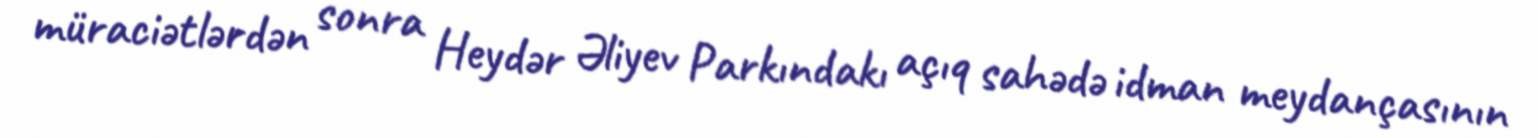
müraciətlərdən sonra Heydər Əliyev Parkındakı açıq sahədə idman meydançasının